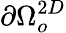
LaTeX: \partial\Omega_{o}^{2D}